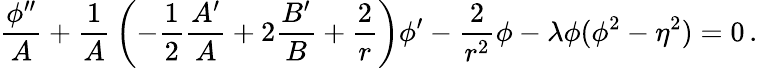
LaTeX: {\frac{\phi^{\prime\prime}}{A}}+{\frac{1}{A}}\left(-{\frac{1}{2}}{\frac{A^{\prime}}{A}}+2{\frac{B^{\prime}}{B}}+{\frac{2}{r}}\right)\phi^{\prime}-{\frac{2}{r^{2}}}\phi-\lambda\phi(\phi^{2}-\eta^{2})=0\, .